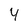
Character: 4